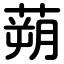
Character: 蒴